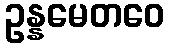
ဥန္နမေတဝေ